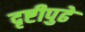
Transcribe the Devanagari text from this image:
दृष्टीपुढे